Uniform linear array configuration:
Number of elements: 12
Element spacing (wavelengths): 0.25
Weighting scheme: blackman
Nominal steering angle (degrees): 0
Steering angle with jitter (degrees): -1.666
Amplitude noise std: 0.05
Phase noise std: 0.05

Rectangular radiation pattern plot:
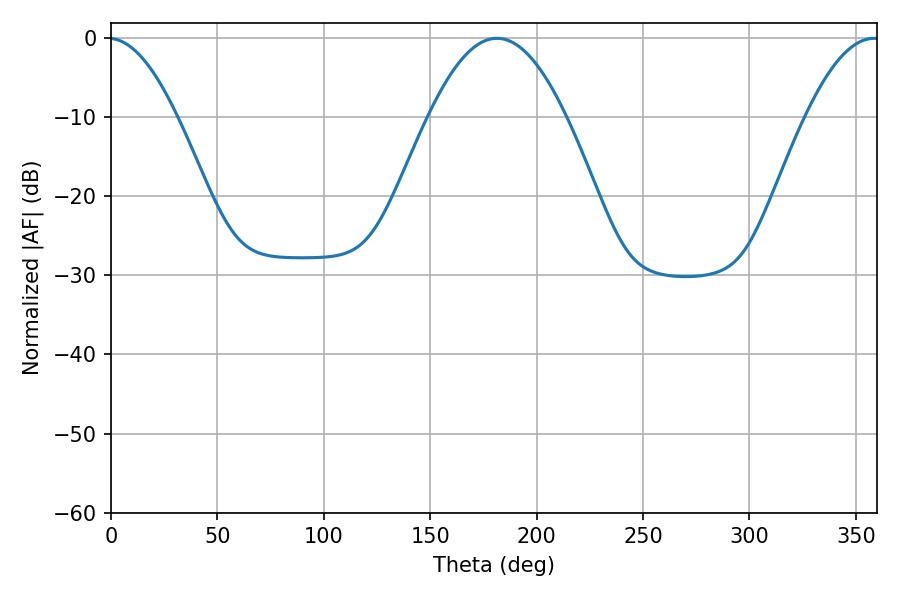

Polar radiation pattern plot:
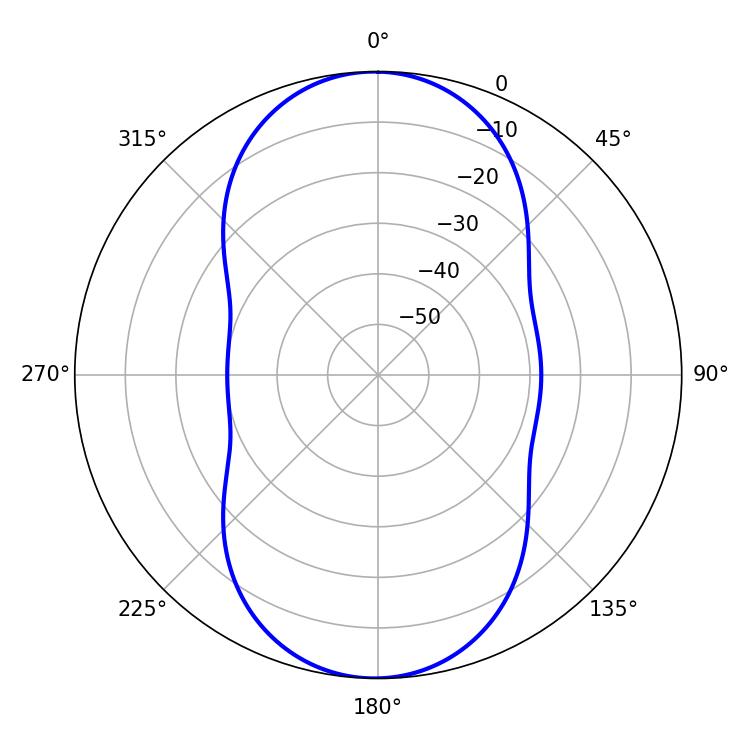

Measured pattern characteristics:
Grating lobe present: FALSE
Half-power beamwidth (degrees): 35.1
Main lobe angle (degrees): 181.44